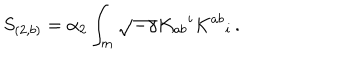
S _ { ( 2 , b ) } = \alpha _ { 2 } \int _ { m } \sqrt { - \gamma } K _ { a b } { } ^ { i } K ^ { a b } { } _ { i } \, .